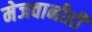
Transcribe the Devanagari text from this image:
मेजवानीही